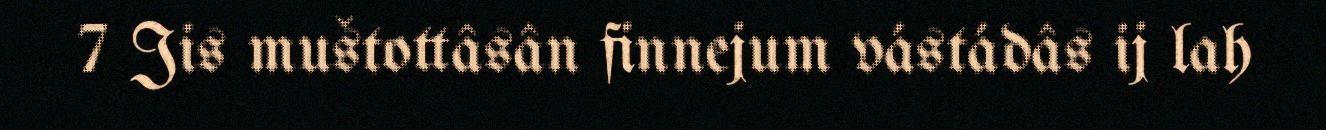
7 Jis muštottâsân finnejum vástádâs ij lah